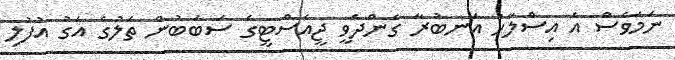
ނަމަވެސް އެ އިސްލާހު އަނބުރާ ގެންދެވީ ޖީއެސްޓީގެ ސަބަބުން ތެލުގެ އަގު އުފުލި